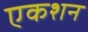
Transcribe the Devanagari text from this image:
एकशन